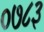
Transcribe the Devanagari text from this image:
०७८३